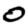
Digit: 0